Magi,_Artur, lk 30
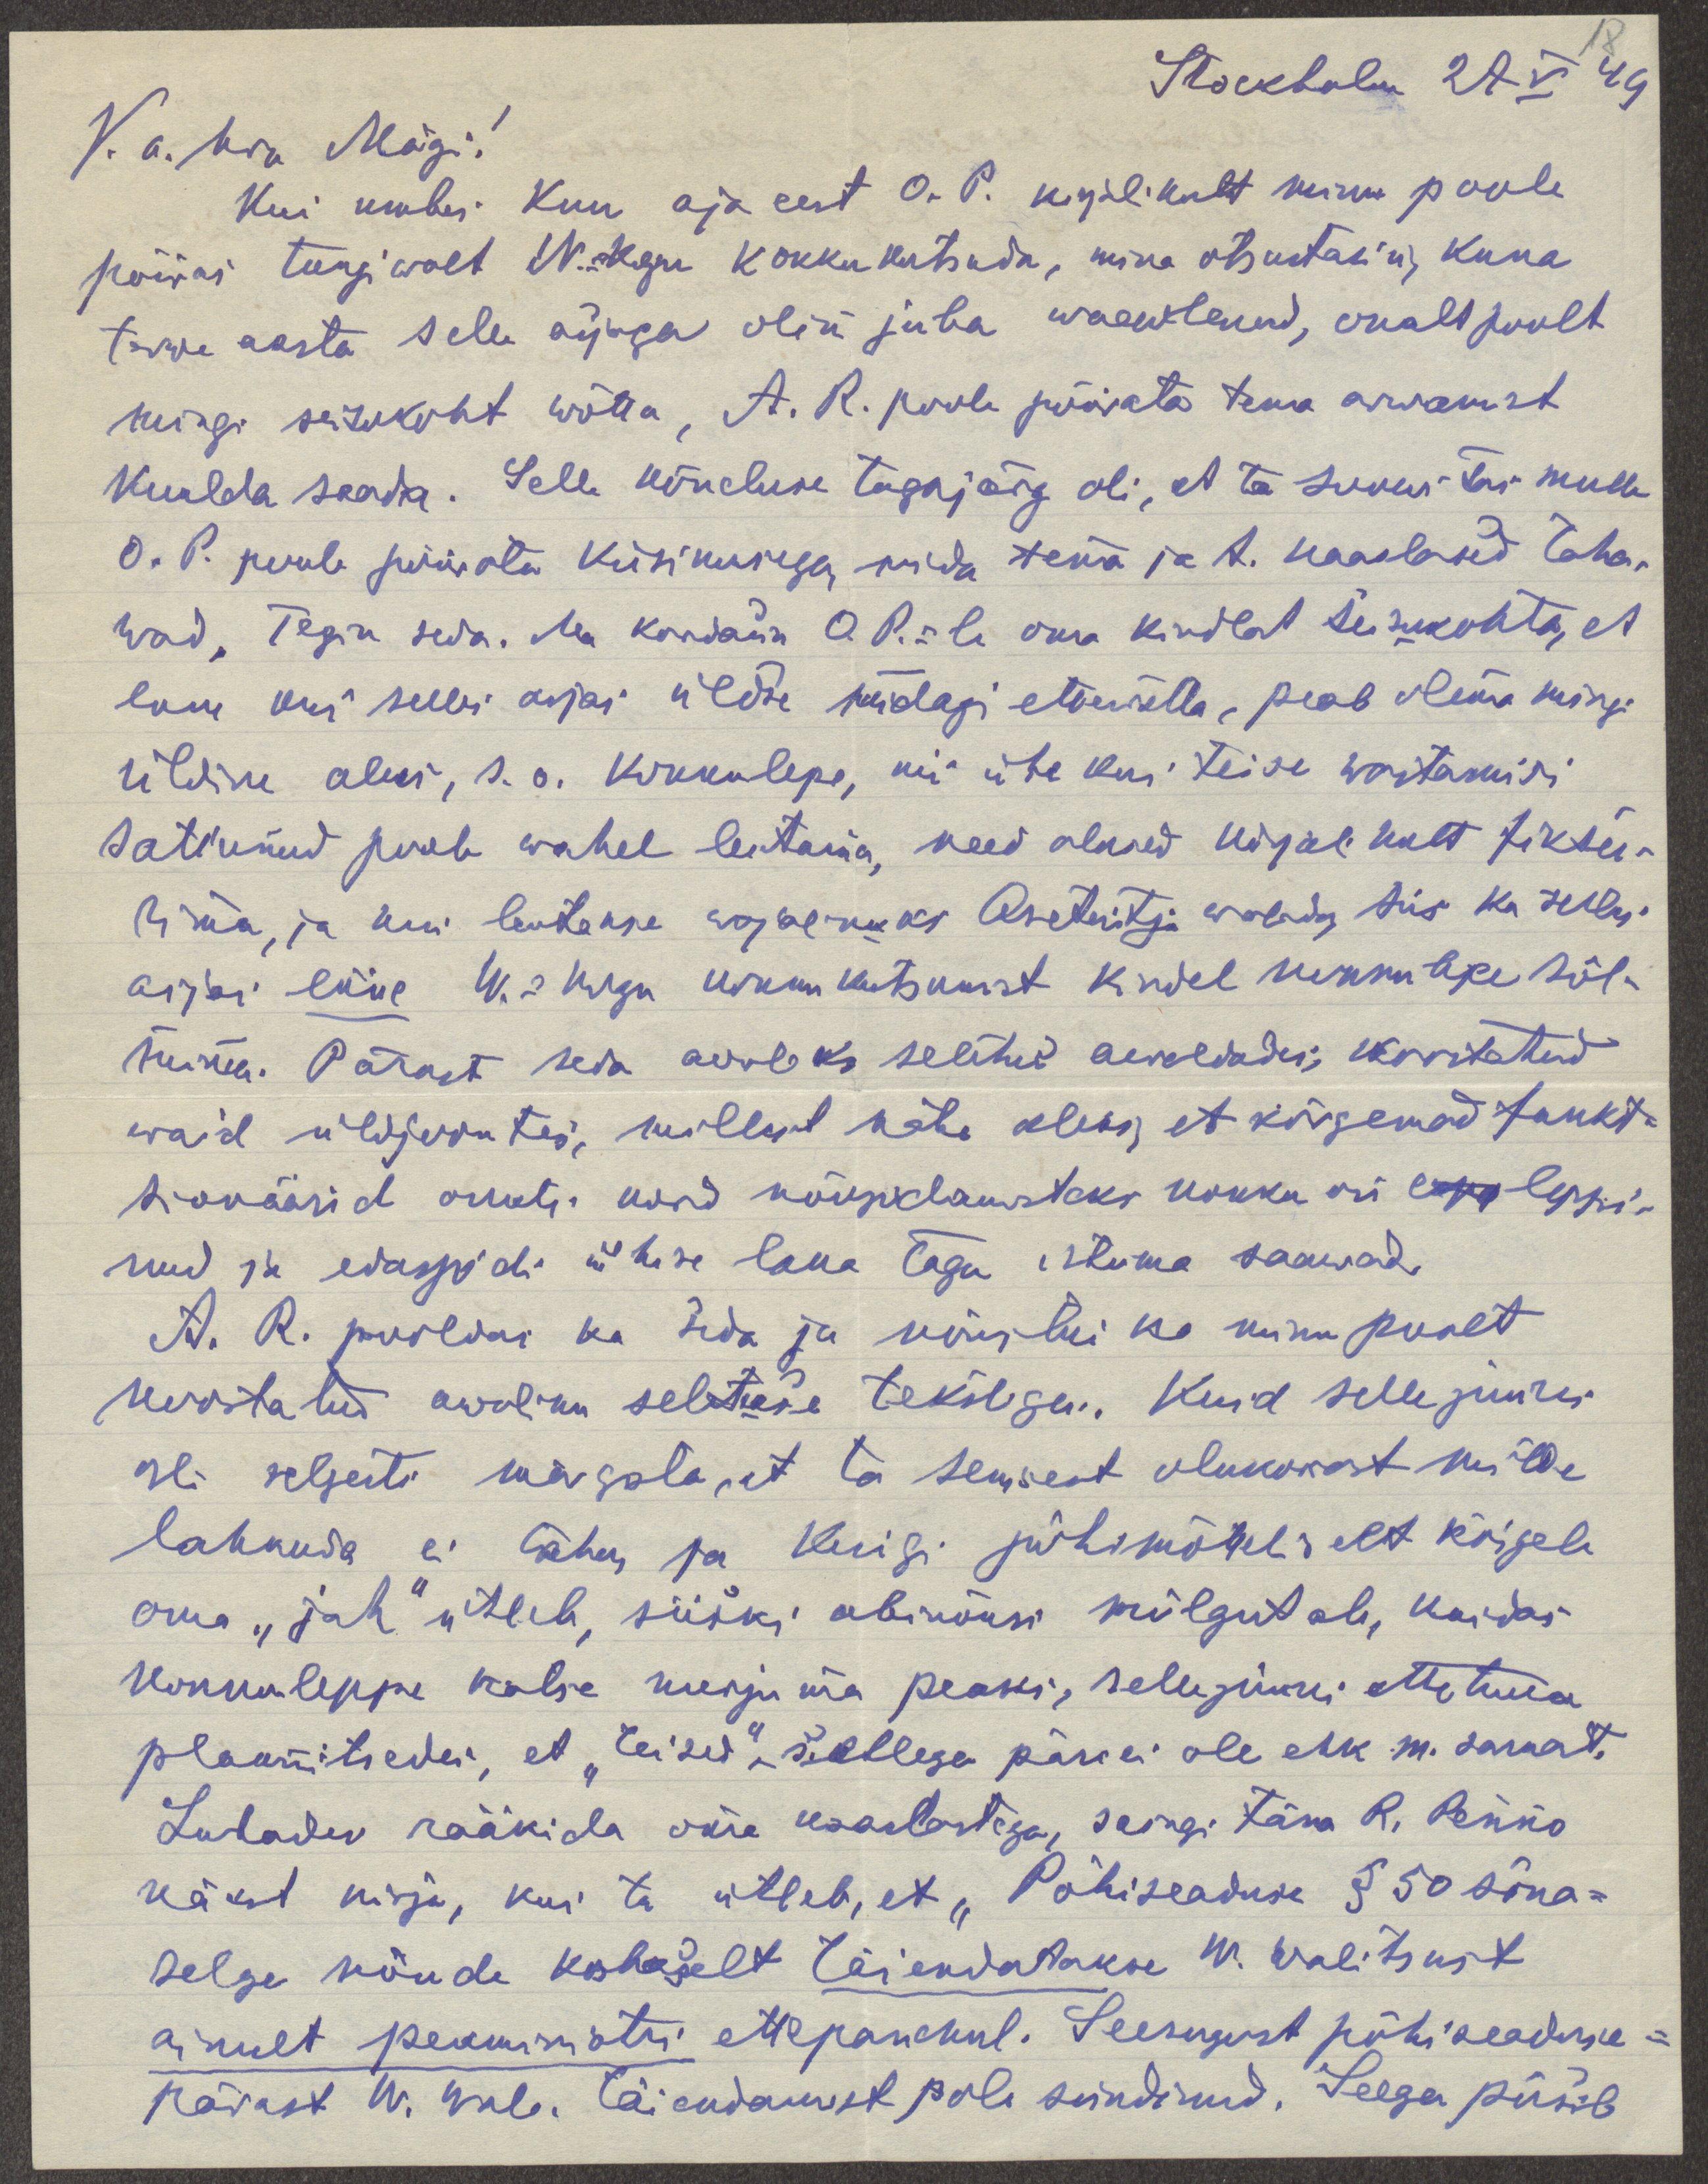
Stockholm 27 V 49
V. a. hra Mägi!
Kui umbes kuu aja eest O. P. kirjalikult minu poole
pöeras tungiwalt W.- Kogu kokkukutsuda, mina otsustasin, kuna
terwe aasta selle asjaga olin juba waewlenud, omalt poolt
mingi seisukoht wõtta, A. R. poole pöörata tema arwamist
kuulda saada. Selle kõneluse tagajärg oli, et ta soowitas mulle
O. P. poole pöörata küsimusega, mida tema ja ta kaaslased taha-
wad. Tegin seda. Ma kordasin O.P.-le oma kindlat seisukohta, et
enne kui selles asjas üldse midagi ettewõtta, peab olema mingi
üldine alus, s.o. kokkulepe, nii ühe kui teise wastamisi
sattunud poole wahel leitama, need alused kirjalikult fiksee-
rima, ja kui leitakse wajalikuks Asetäitja walida, siis ka selles
asjas enne W.- Kogu kokkukutsumist kindel kokkulepe sõl-
mima. Pärast seda avabks seletus awaldades, kinnitatud
waid üldjoontes, millest näha oleks, et kõrgemad funkt-
sionäärid ometi kord nõupidamisteks kokku on lepp leppi-
nud ja edaspidi ühise laua taga istuma saawad.
A. R. pooldas ka seda ja nõustus ka minu poolt
koostatud awaliku seletuse tekstiga. Kuid selle juures
oli selgesti märgata, et ta senisest olukorrast mitte
lahkuda ei taha ja kuigi põhimõtteliselt kõigele
oma "jah" ütleb, siiski abinõusi mõlgutab, kuidas
kokkuleppe katse nurjuma peaks, sellejuures ette tuua
plaanitsedes, et "teised"  sellega päri ei ole ehk m. sarnast.
Lubades rääkida oma kaaslastega, saingi täna R. Penno
käest kirja, kus ta ütleb, et "Põhiseaduse § 50 sõna-
selge nõude kohaselt täiendatakse W. Walitsust
ainult peaministri ettepanekul. Seesugust põhiseaduse-
pärast ".Wal. täiendamist pole sündinud. Seega püsib